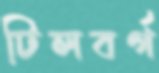
টিলবর্গ